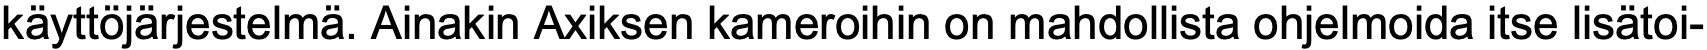
käyttöjärjestelmä. Ainakin Axiksen kameroihin on mahdollista ohjelmoida itse lisätoi-